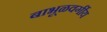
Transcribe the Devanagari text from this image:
बाभूळवर्गीय